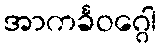
အာကင်္ခဝဂ္ဂေါ